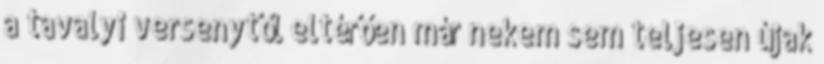
a tavalyi versenytől eltérően már nekem sem teljesen újak